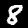
Digit: 8